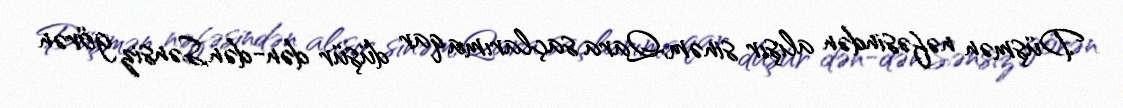
Düşmən nəfəsindən alışır sinəm,Qara saçlarıma qar düşür dən-dən,Sənsiz görən